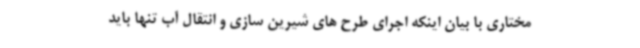
مختاری با بیان اینکه اجرای طرح های شیرین سازی و انتقال آب تنها باید